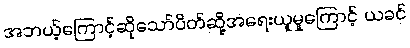
အဘယ့်ကြောင့်ဆိုသော်ပိတ်ဆို့အရေးယူမှုကြောင့် ယခင်